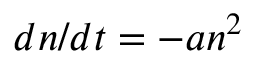
d n / d t = - a n ^ { 2 }